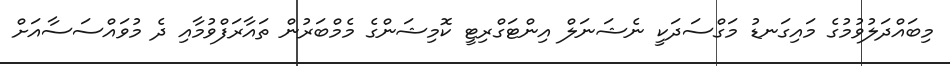
މިބައްދަލުވުމުގެ މައިގަނޑު މަގްސަދަކީ ނެޝަނަލް އިންޓަގްރިޓީ ކޮމިޝަންގެ މެމްބަރުން ތައާރަފްވުމާއި ދެ މުވައްސަސާއަށް